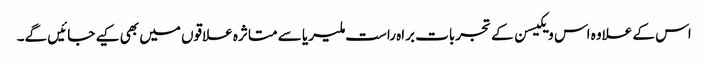
اس کے علاوہ اس ویکیسن کے تجربات براہ راست ملیریا سے متاثرہ علاقوں میں بھی کیے جائیں گے۔